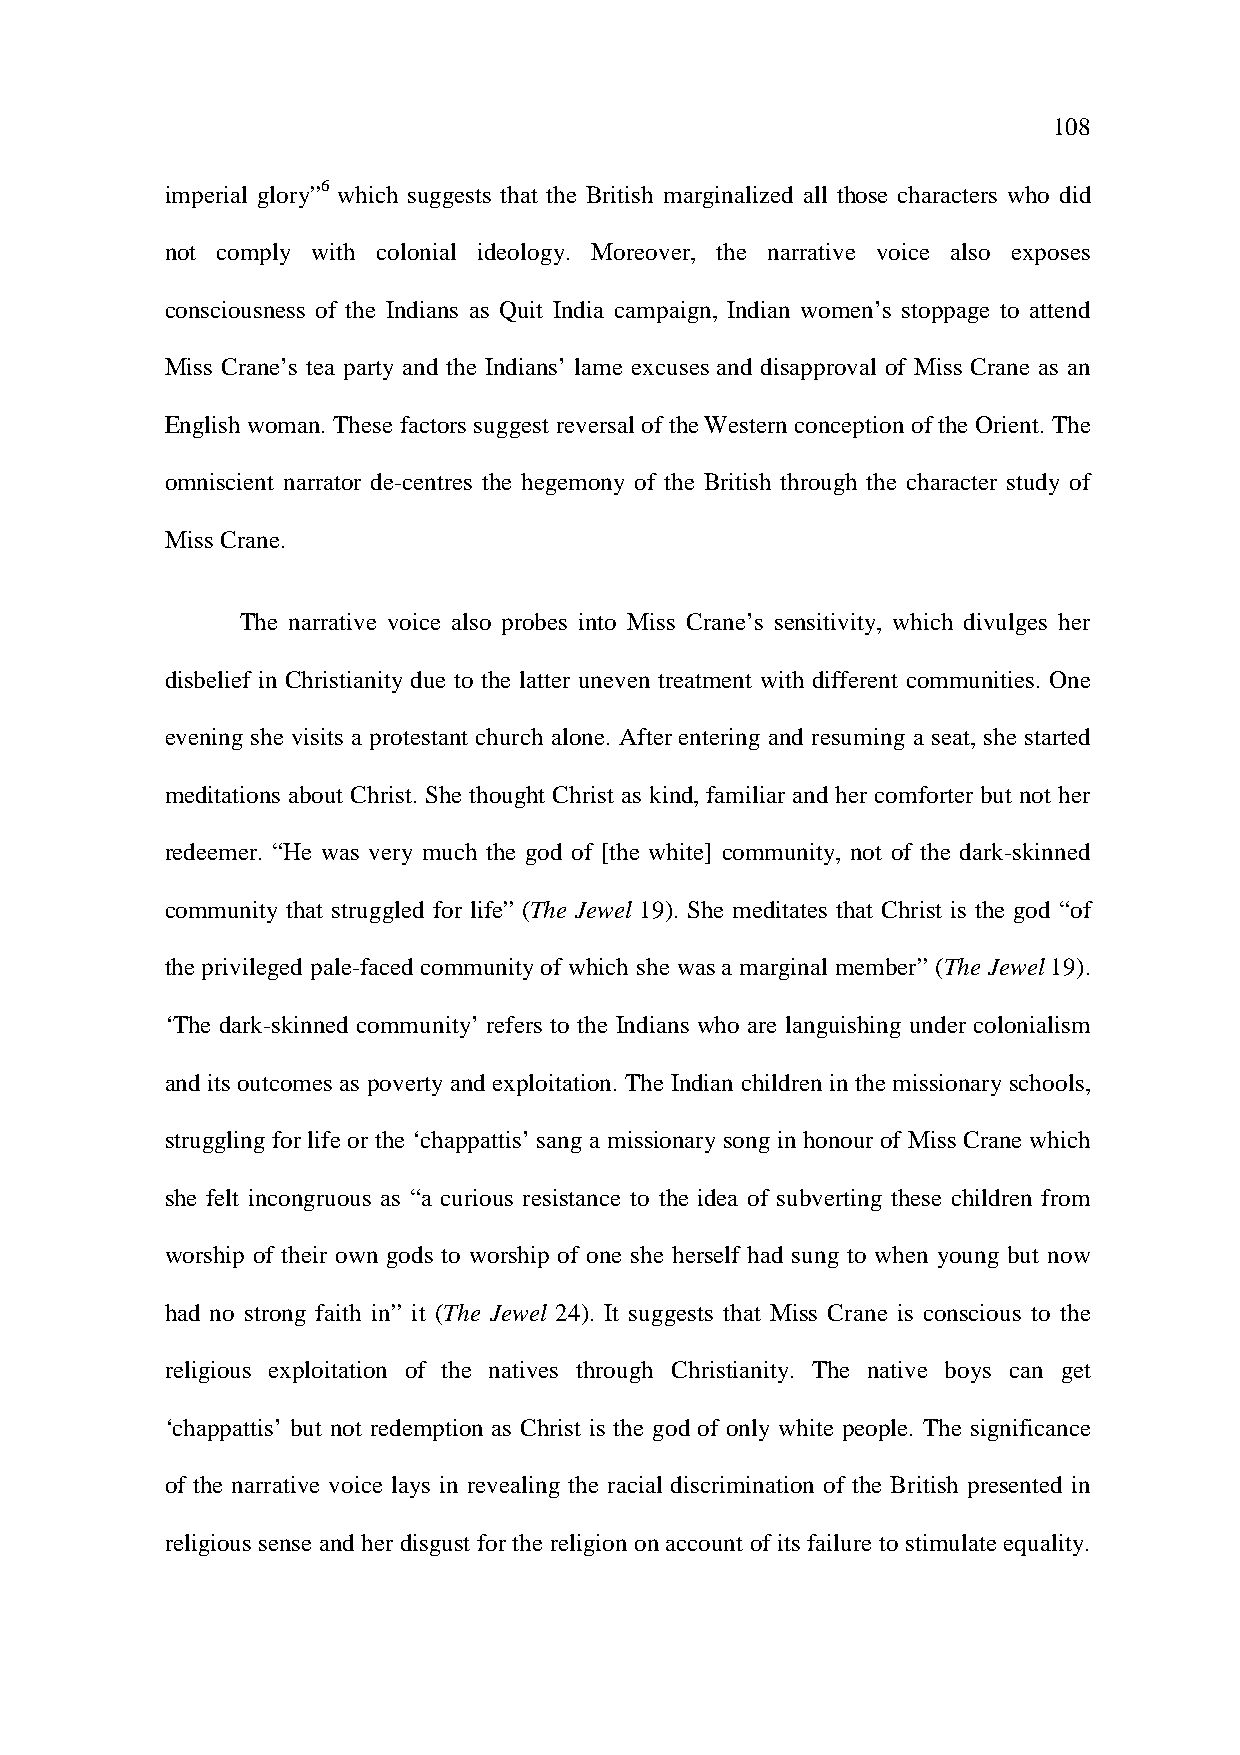
108
 imperial glory”6 which suggests that the British marginalized all those characters who did
 not comply with colonial ideology. Moreover, the narrative voice also exposes
 consciousness of the Indians as Quit India campaign, Indian women’s stoppage to attend
 Miss Crane’s tea party and the Indians’ lame excuses and disapproval of Miss Crane as an
 English woman. These factors suggest reversal of the Western conception of the Orient. The
 omniscient narrator de-centres the hegemony of the British through the character study of
 Miss Crane.
 The narrative voice also probes into Miss Crane’s sensitivity, which divulges her
 disbelief in Christianity due to the latter uneven treatment with different communities. One
 evening she visits a protestant church alone. After entering and resuming a seat, she started
 meditations about Christ. She thought Christ as kind, familiar and her comforter but not her
 redeemer. “He was very much the god of [the white] community, not of the dark-skinned
 community that struggled for life” (The Jewel 19). She meditates that Christ is the god “of
 the privileged pale-faced community of which she was a marginal member” (The Jewel 19).
 ‘The dark-skinned community’ refers to the Indians who are languishing under colonialism
 and its outcomes as poverty and exploitation. The Indian children in the missionary schools,
 struggling for life or the ‘chappattis’ sang a missionary song in honour of Miss Crane which
 she felt incongruous as “a curious resistance to the idea of subverting these children from
 worship of their own gods to worship of one she herself had sung to when young but now
 had no strong faith in” it (The Jewel 24). It suggests that Miss Crane is conscious to the
 religious exploitation of the natives through Christianity. The native boys can get
 ‘chappattis’ but not redemption as Christ is the god of only white people. The significance
 of the narrative voice lays in revealing the racial discrimination of the British presented in
 religious sense and her disgust for the religion on account of its failure to stimulate equality.